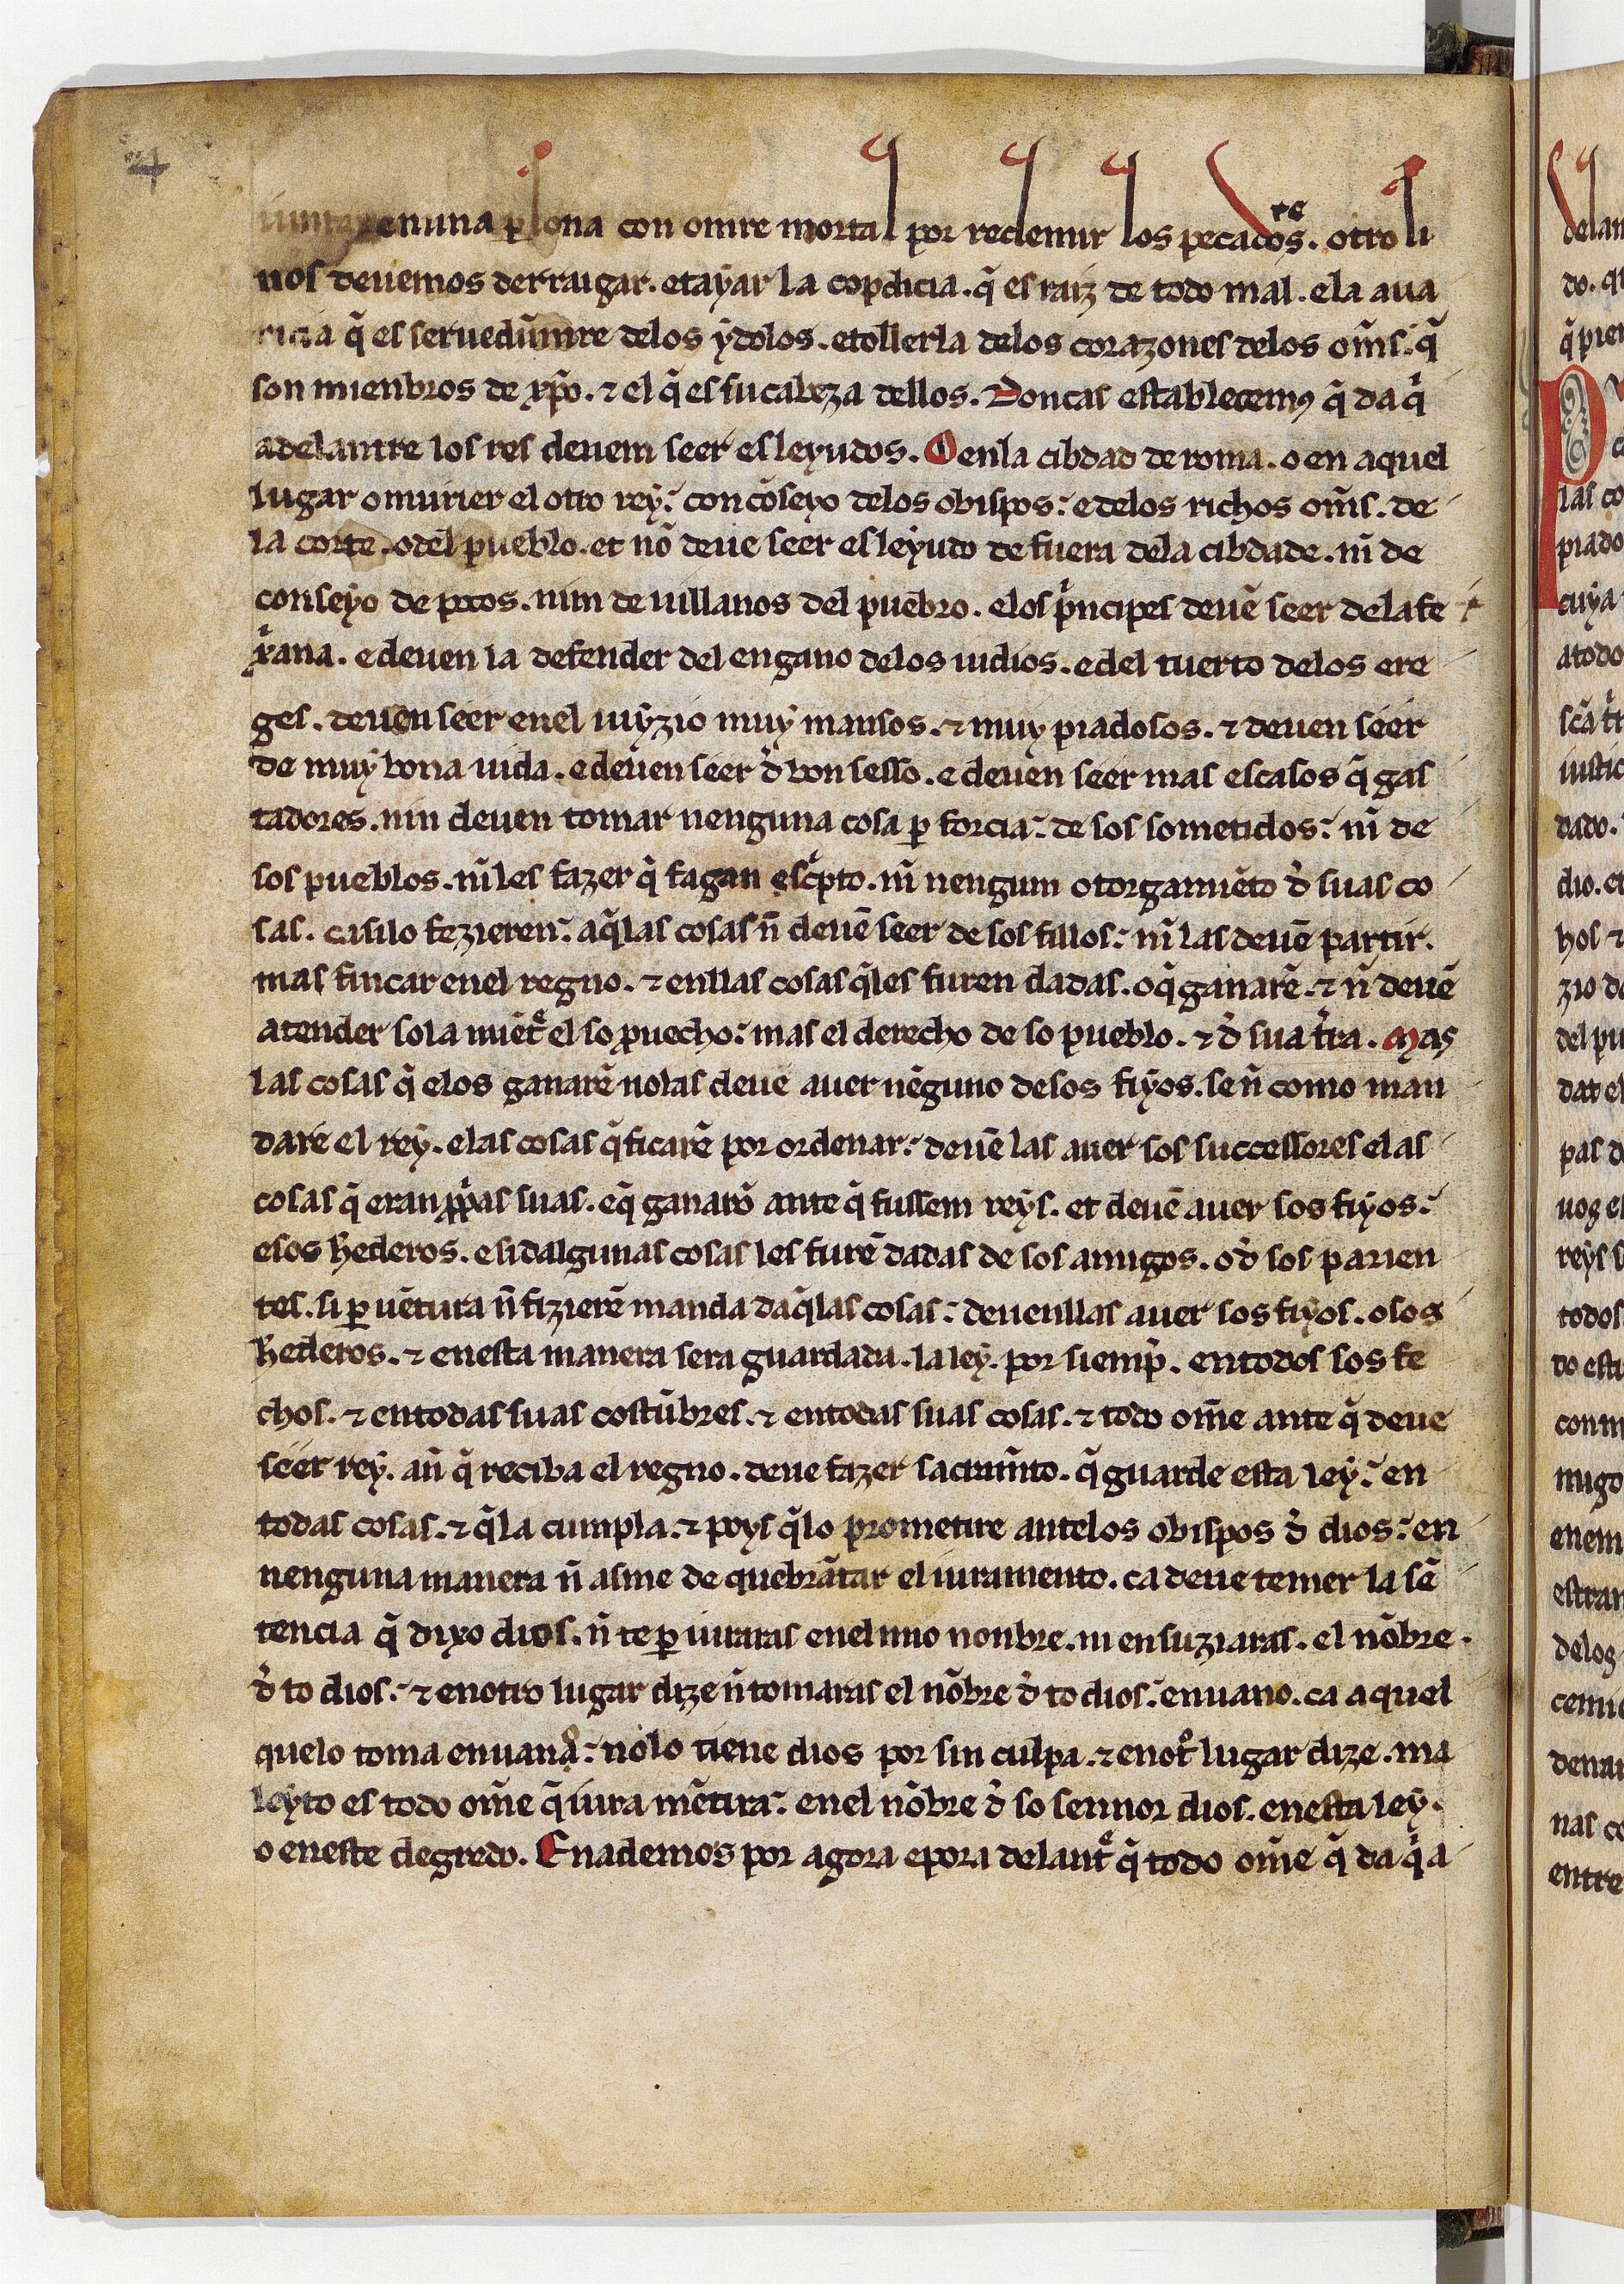
Shelfmark: Paris, BnF, esp. 256
Century: 13